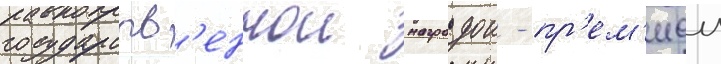
государств'еннои наградои - пр'ем'иеи